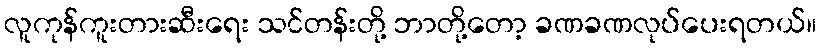
လူကုန်ကူးတားဆီးရေး သင်တန်းတို့ ဘာတို့တော့ ခဏခဏလုပ်ပေးရတယ်။